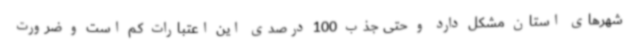
شهرهای استان مشکل دارد و حتی جذب 100 درصدی این اعتبارات کم است و ضرورت